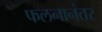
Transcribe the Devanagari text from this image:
फलनानंतर